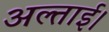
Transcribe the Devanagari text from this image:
अल्ताई।